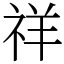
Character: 祥